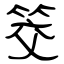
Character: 筊